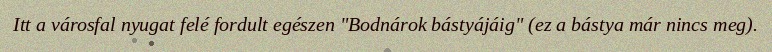
Itt a városfal nyugat felé fordult egészen "Bodnárok bástyájáig" (ez a bástya már nincs meg).